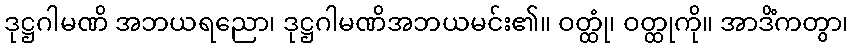
ဒုဋ္ဌဂါမဏိ အဘယရညော၊ ဒုဋ္ဌဂါမဏိအဘယမင်း၏။ ဝတ္ထုံ၊ ဝတ္ထုကို။ အာဒိံကတွာ၊